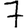
Digit: 7